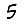
Digit: 5